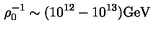
\rho _ { 0 } ^ { - 1 } \sim ( 1 0 ^ { 1 2 } - 1 0 ^ { 1 3 } ) \mathrm { G e V }